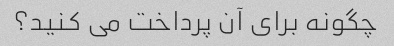
چگونه برای آن پرداخت می کنید؟